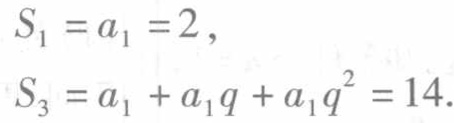
\[
\begin{align*}
S_{1}&=a_{1}=2,\\
S_{3}&=a_{1}+a_{1}q + a_{1}q^{2}=14.
\end{align*}
\]